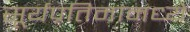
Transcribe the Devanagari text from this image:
सूर्यप्रतिमांमध्ये